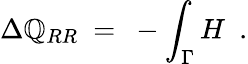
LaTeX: \Delta\mathbb{Q}_{RR}\ =\ -\int_{\Gamma}H\ \ .